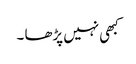
کبھی نہیں پڑھا ۔